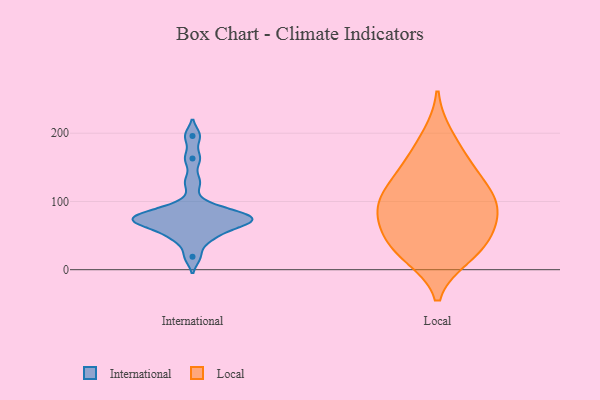
{"axis": {"x": "Gross Profit (USD K)", "y": "Value"}, "legend": ["International", "Local"], "data": [{"x": "", "y": 196, "type": "International"}, {"x": "", "y": 128, "type": "International"}, {"x": "", "y": 81, "type": "International"}, {"x": "", "y": 49, "type": "International"}, {"x": "", "y": 45, "type": "International"}, {"x": "", "y": 95, "type": "International"}, {"x": "", "y": 74, "type": "International"}, {"x": "", "y": 77, "type": "International"}, {"x": "", "y": 61, "type": "International"}, {"x": "", "y": 74, "type": "International"}, {"x": "", "y": 73, "type": "International"}, {"x": "", "y": 66, "type": "International"}, {"x": "", "y": 163, "type": "International"}, {"x": "", "y": 72, "type": "International"}, {"x": "", "y": 19, "type": "International"}, {"x": "", "y": 85, "type": "International"}, {"x": "", "y": 20, "type": "Local"}, {"x": "", "y": 35, "type": "Local"}, {"x": "", "y": 150, "type": "Local"}, {"x": "", "y": 66, "type": "Local"}, {"x": "", "y": 119, "type": "Local"}, {"x": "", "y": 40, "type": "Local"}, {"x": "", "y": 196, "type": "Local"}, {"x": "", "y": 85, "type": "Local"}, {"x": "", "y": 23, "type": "Local"}, {"x": "", "y": 128, "type": "Local"}, {"x": "", "y": 105, "type": "Local"}, {"x": "", "y": 164, "type": "Local"}, {"x": "", "y": 93, "type": "Local"}, {"x": "", "y": 93, "type": "Local"}, {"x": "", "y": 64, "type": "Local"}]}